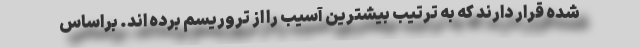
شده قرار دارند که به ترتیب بیشترین آسیب را از تروریسم برده اند. براساس